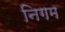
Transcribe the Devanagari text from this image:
निगम